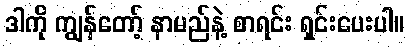
ဒါကို ကျွန်တော့် နာမည်နဲ့ စာရင်း ရှင်းပေးပါ။